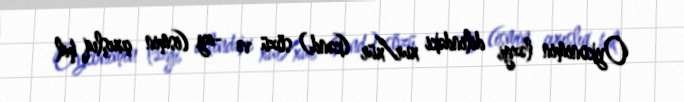
Oykonimin ləzgi dilindəki xur/xür (kənd) sözü və -ay (ismin çıxışlıq hal